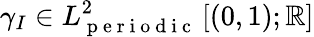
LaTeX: \gamma_{I}\in L_{\mathrm{~p~e~r~i~o~d~i~c~}}^{2}\left[\left(0,1\right);\mathbb{R}\right]